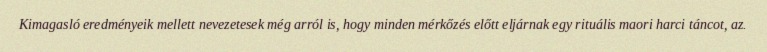
Kimagasló eredményeik mellett nevezetesek még arról is, hogy minden mérkőzés előtt eljárnak egy rituális maori harci táncot, az.